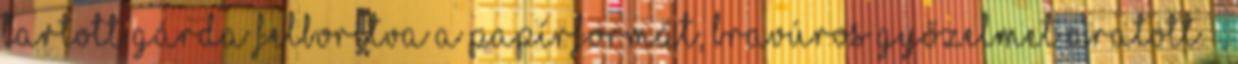
tartott gárda felborítva a papírformát, bravúros győzelmet aratott. –